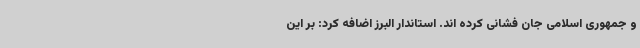
و جمهوری اسلامی جان فشانی کرده اند. استاندار البرز اضافه کرد: بر این